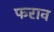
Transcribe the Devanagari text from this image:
फराव